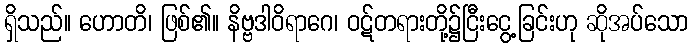
ရှိသည်။ ဟောတိ၊ ဖြစ်၏။ နိဗ္ဗဒါဝိရာဂေ၊ ဝဋ်တရားတို့၌ငြီးငွေ့ခြင်းဟု ဆိုအပ်သော